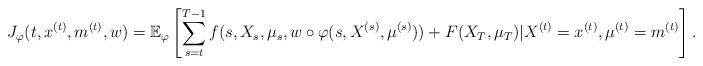
LaTeX: \begin{align*}& J_{\varphi}(t,x^{(t)},m^{(t)},w)=\mathbb{E}_{\varphi}\left[\sum_{s=t}^{T-1}f(s,X_s,\mu_s,w\circ\varphi(s,X^{(s)},\mu^{(s)}))+ F(X_T,\mu_T)| X^{(t)}=x^{(t)}, \mu^{(t)}=m^{(t)}\right].\end{align*}